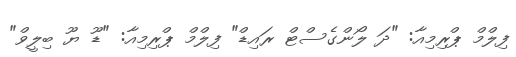
ފިލްމް ޕްރިމިއާ: "ދަ ލޯންގެސްޓް ރައިޑް" ފިލްމް ޕްރިމިއާ: "ޑޫ ޔޫ ބިލީވް"